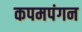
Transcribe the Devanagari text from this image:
कपमपंगन